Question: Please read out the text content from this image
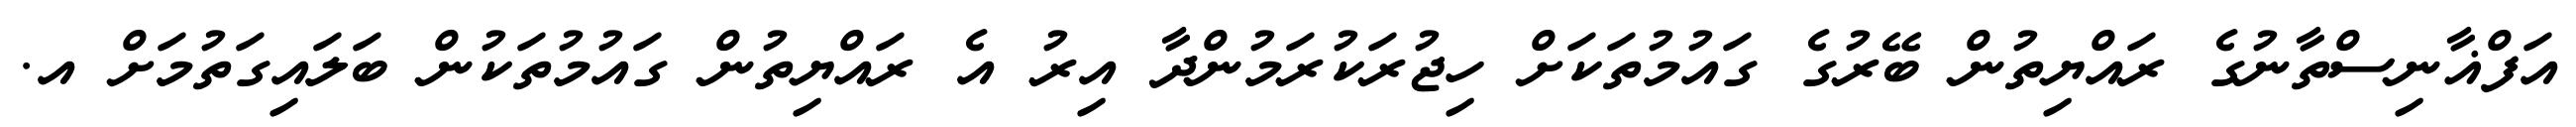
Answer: އަފްޣާނިސްތާނުގެ ރައްޔިތުން ބޭރުގެ ގައުމުތަކަށް ހިޖުރަކުރަމުންދާ އިރު އެ ރައްޔިތުން ގައުމުތަކުން ބަލައިގަތުމަށް އ.